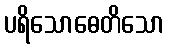
ပရိသောဓေတိသော